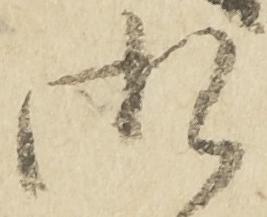
御